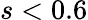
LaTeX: s<0.6